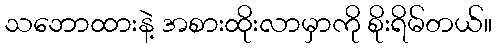
သဘောထားနဲ့ အစားထိုးလာမှာကို စိုးရိမ်တယ်။